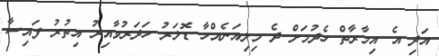
އަދި އެ އިމާރާތް ހެދުމަށް ދެ މިލިއަނެއްހާ ޑޮލަރު ހަދަރުވާއިރު އިތުރު ފައިސާ